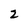
Character: 2